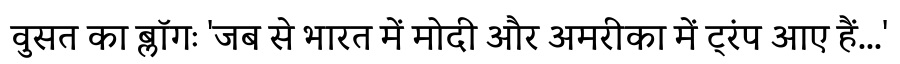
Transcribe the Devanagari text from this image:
वुसत का ब्लॉगः 'जब से भारत में मोदी और अमरीका में ट्रंप आए हैं...'